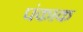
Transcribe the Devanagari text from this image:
पंकाक